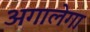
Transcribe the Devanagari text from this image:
अगालेगा